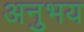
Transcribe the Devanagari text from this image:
अनुभय